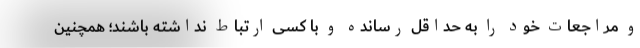
و مراجعات خود را به حداقل رسانده و با کسی ارتباط نداشته باشند؛ همچنین